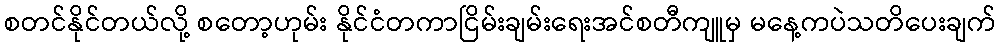
စတင်နိုင်တယ်လို့ စတော့ဟုမ်း နိုင်ငံတကာငြိမ်းချမ်းရေးအင်စတီကျူမှ မနေ့ကပဲသတိပေးချက်